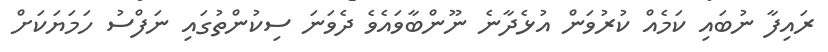
ރައިފާ ނުބައި ކަމެއް ކުރުވަން އުޅެދާނެ ނޫންބާވައެވެ ދެވަނަ ސިކުންތުގައި ނަފްސު ހަމަޔަކަށް